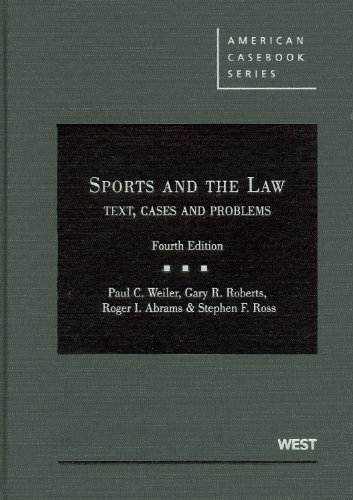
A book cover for Sports and the Law: Text, Cases and Problems (American Casebook Series); Paul Weiler; Law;